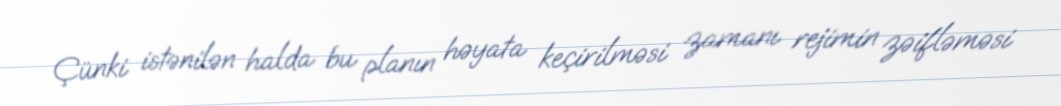
Çünki istənilən halda bu planın həyata keçirilməsi zamanı rejimin zəifləməsi